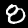
Digit: 8